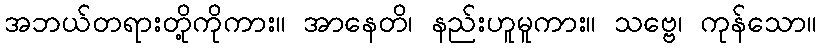
အဘယ်တရားတို့ကိုကား။ အာနေတိ၊ နည်းဟူမူကား။ သဗ္ဗေ၊ ကုန်သော။